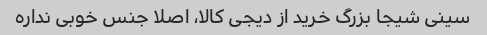
سینی شیجا بزرگ خرید از دیجی کالا، اصلا جنس خوبی نداره